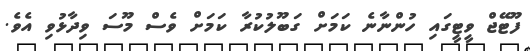
ފޫޓޭޖް ވީޓީގައި ހުންނާނެ ކަމަށް ގަބޫލުކުރާ ކަމަށް ވެސް މޫސަ ވިދާޅުވި އެވެ.